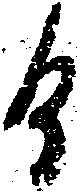
而